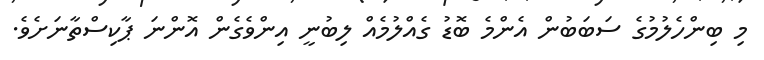
މި ބިންހެލުމުގެ ސަބަބުން އެންމެ ބޮޑު ގެއްލުމެއް ލިބުނީ އިންވެގެން އޮންނަ ޕާކިސްތާނަށެވެ.